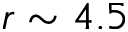
r \sim 4 . 5